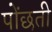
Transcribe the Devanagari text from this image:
पोंछती